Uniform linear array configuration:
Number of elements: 4
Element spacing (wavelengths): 0.25
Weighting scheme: blackman
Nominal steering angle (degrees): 45
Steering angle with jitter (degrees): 45.466
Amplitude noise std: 0.05
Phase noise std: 0.05

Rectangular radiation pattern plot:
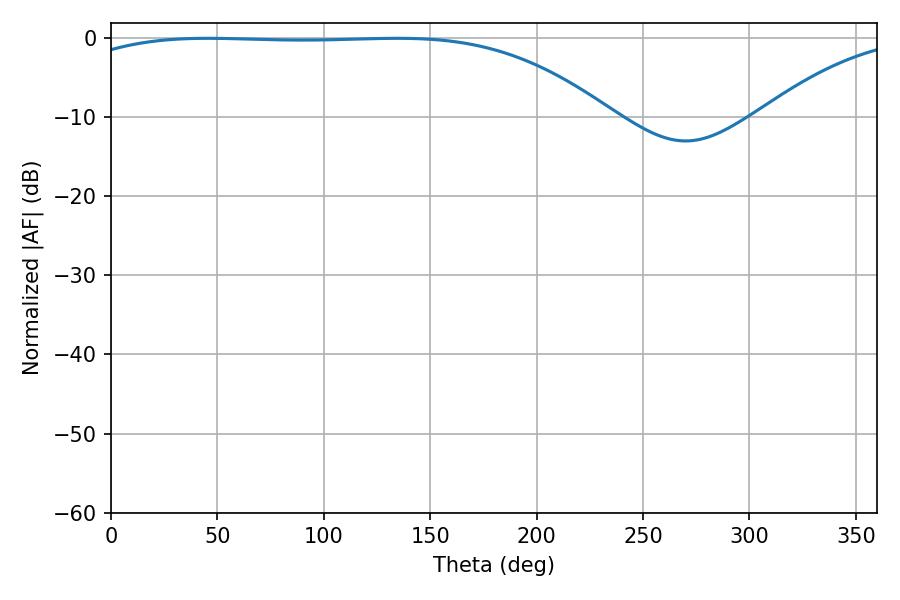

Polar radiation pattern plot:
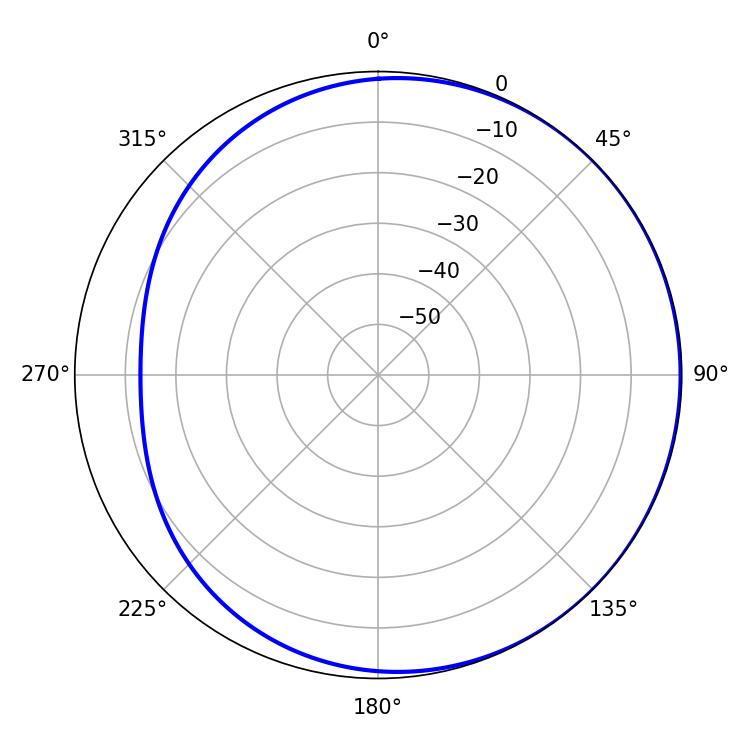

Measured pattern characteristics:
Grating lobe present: FALSE
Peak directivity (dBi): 0.9634
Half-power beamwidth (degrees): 196.56
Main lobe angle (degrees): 45.54